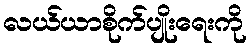
လယ်ယာစိုက်ပျိုးရေးကို